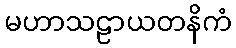
မဟာသဠာယတနိကံ